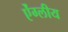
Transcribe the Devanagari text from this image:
ऐंग्लीय